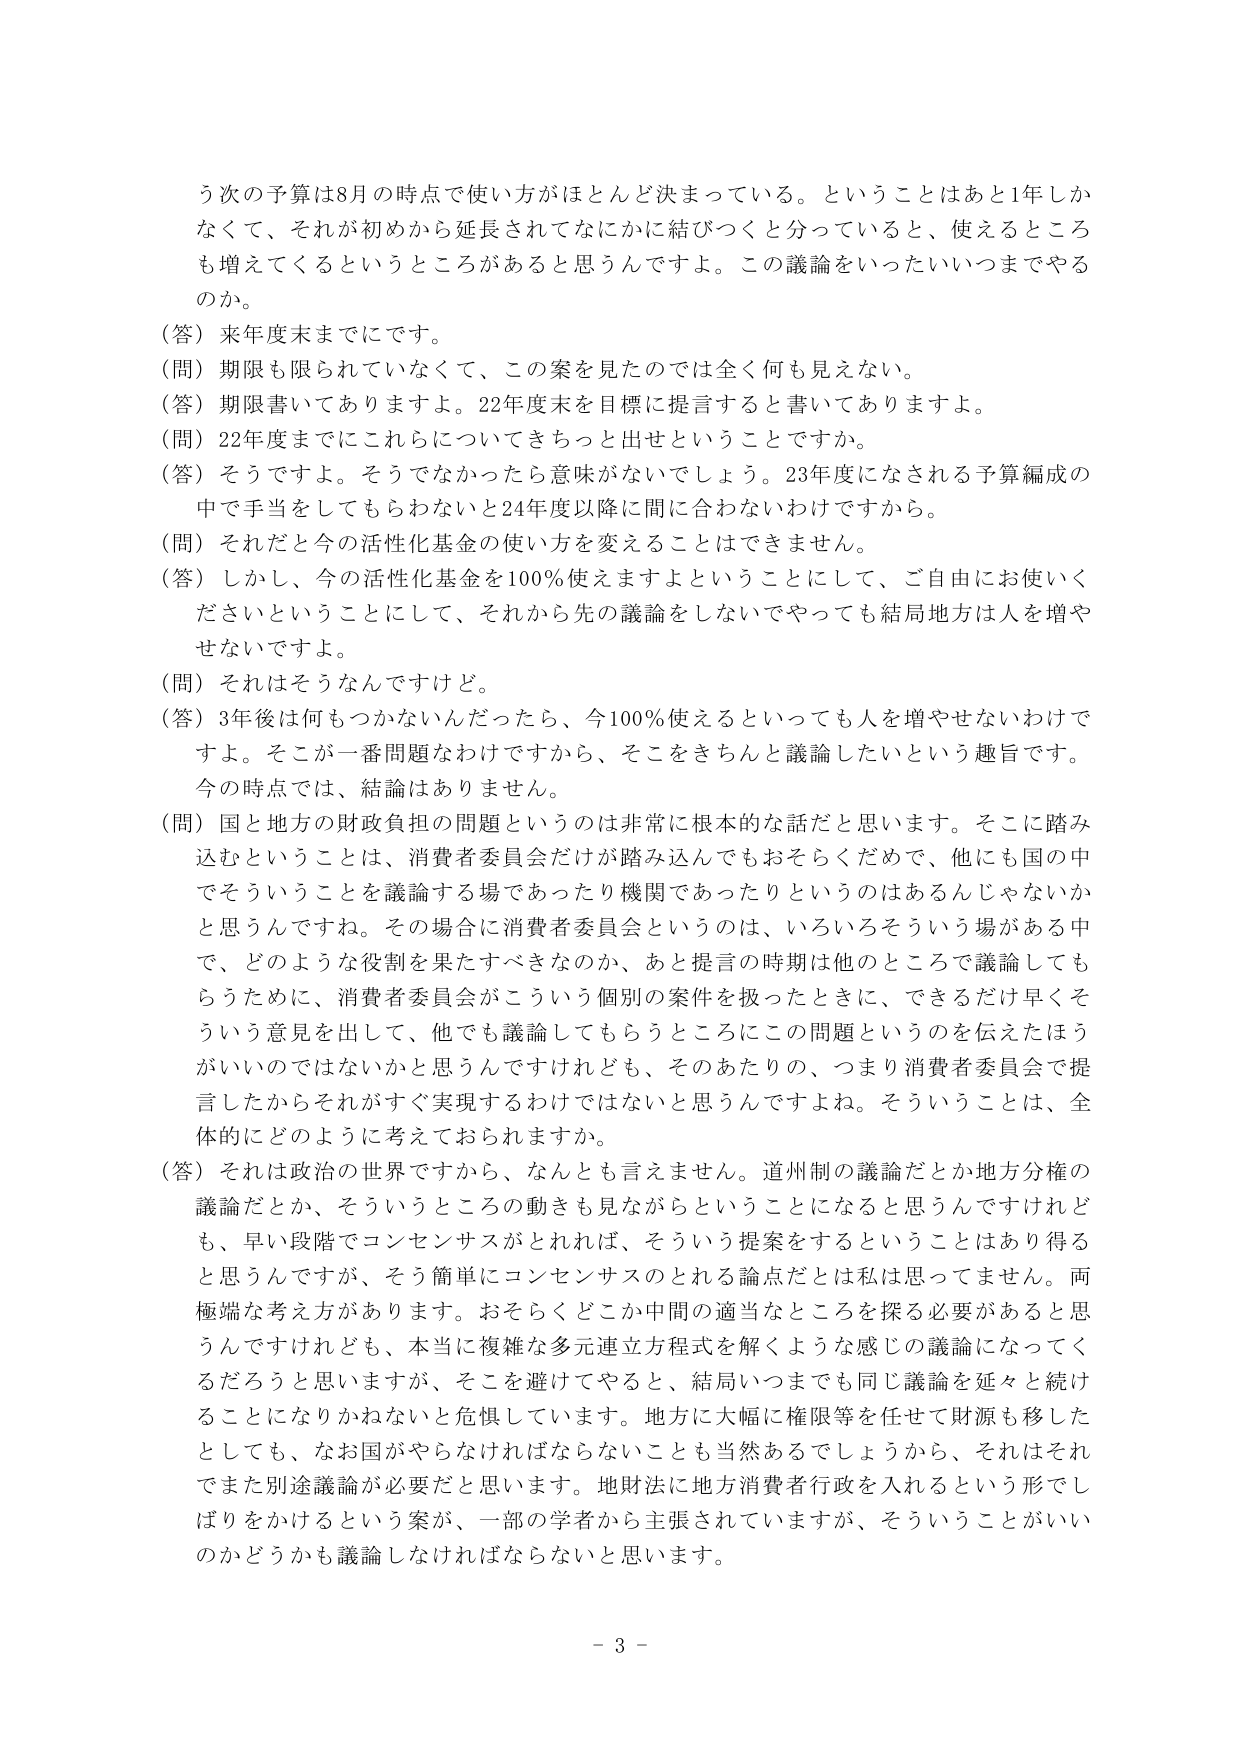
う次の予算は8月の時点で使い方がほとんど決まっている。ということはあと1年しかなくて、それが初めから延長されてなにかに結びつくと分っていると、使えるところも増えてくるというところがあると思うんですよ。この議論をいったいいつまでやるのか。

（答）来年度末までにです。

（問）期限も限られていないくて、この案を見たのでは全く何も見えない。

（答）期限書いてありますよ。22年度末を目標に提言すると書いてありますよ。

（問）22年度までにこれらについてきちっと出せということですか。

（答）そうですよ。そうでなかったら意味がないでしょう。23年度になされる予算編成の中で手当をしてもらわないと24年度以降に間に合わないわけですから。

（問）それだと今の活性化基金の使い方を変えることはできません。

（答）しかし、今の活性化基金を100％使えますよということにして、ご自由にお使いくださいということにして、それから先の議論をしないでやっても結局地方は人を増やせないですよ。

（問）それはそうなんですけど。

（答）3年後は何もつかないんだったら、今100％使えるといっても人を増やせないわけですよ。そこが一番問題なわけですから、そこをきちんと議論したいという趣旨です。今の時点では、結論はありません。

（問）国と地方の財政負担の問題というのは非常に根本的な話だと思います。そこに踏み込むということは、消費者委員会だけが踏み込んでもおそらくだめで、他にも国の中でそういうことを議論する場であったり機関であったりというのはあるんじゃないかと思うんですね。その場合に消費者委員会というのは、いろいろそういう場がある中で、どのような役割を果たすべきなのか、あと提言の時期は他のところで議論してもらうために、消費者委員会がこういう個別の案件を扱ったときに、できるだけ早くそういう意見を出して、他でも議論してもらうところにこの問題というのを伝えたらほうがいいのではないかと思うんですけれども、そのあたりの、つまり消費者委員会で提言したからそれがすぐ実現するわけではないと思うんですよね。そういうことは、全体的にどのように考えておられますか。

（答）それは政治の世界ですから、なんとも言えません。道州制の議論だとか地方分権の議論だとか、そういうところの動きも見ながらということになると思うんですけれども、早い段階でコンセンサスがとれれば、そういう提案をするということはあり得ると思うんですが、そう簡単にコンセンサスのとれる論点だとは私は思ってません。両極端な考え方があります。おそらくどこか中間の適当なところを探る必要があると思うんですけれども、本当に複雑な多元連立方程式を解くような感じの議論になってくるだろうと思いますが、そこを避けてやると、結局いつまでも同じ議論を延々と続けることになりかねないと危惧しています。地方に大幅に権限等を任せて財源も移したとしても、なお国がやらなければならないことも当然あるでしょうから、それはそれであたまた別途議論が必要だと思います。地財法に地方消費者行政を入れるという形でしぼりをかけるという案が、一部の学者から主張されていますが、そういうことがいいのかどうかも議論しなければならないと思います。

- 3 -